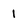
Character: 1